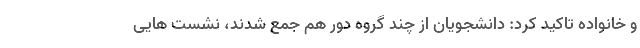
و خانواده تاکید کرد: دانشجویان از چند گروه دور هم جمع شدند، نشست هایی